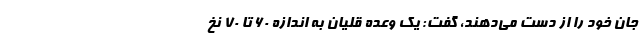
جان خود را از دست می‌دهند، گفت: یک وعده قلیان به اندازه ۶۰ تا ۷۰ نخ